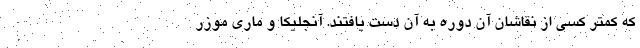
که کمتر کسی از نقاشان آن دوره به آن دست یافتند. آنجلیکا و ماری موزر